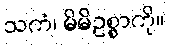
သကံ၊ မိမိဥစ္စာကို။